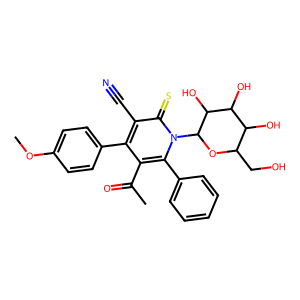
SMILES: COc1ccc(-c2c(C(C)=O)c(-c3ccccc3)n(C3OC(CO)C(O)C(O)C3O)c(=S)c2C#N)cc1
Inhibits HIV replication: No